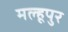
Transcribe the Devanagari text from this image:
मल्हूपुर